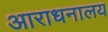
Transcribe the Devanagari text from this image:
आराधनालय